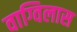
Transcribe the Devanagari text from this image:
वाग्विलास